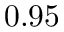
0 . 9 5